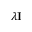
\lambda \mathbf { I }